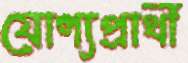
যোগ্যপ্রার্থী